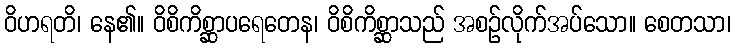
ဝိဟရတိ၊ နေ၏။ ဝိစိကိစ္ဆာပရေတေန၊ ဝိစိကိစ္ဆာသည် အစဉ်လိုက်အပ်သော။ စေတသာ၊